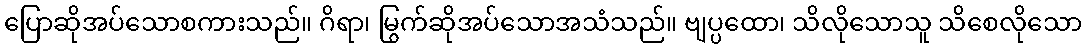
ပြောဆိုအပ်သောစကားသည်။ ဂိရာ၊ မြွက်ဆိုအပ်သောအသံသည်။ ဗျပ္ပထော၊ သိလိုသောသူ သိစေလိုသော